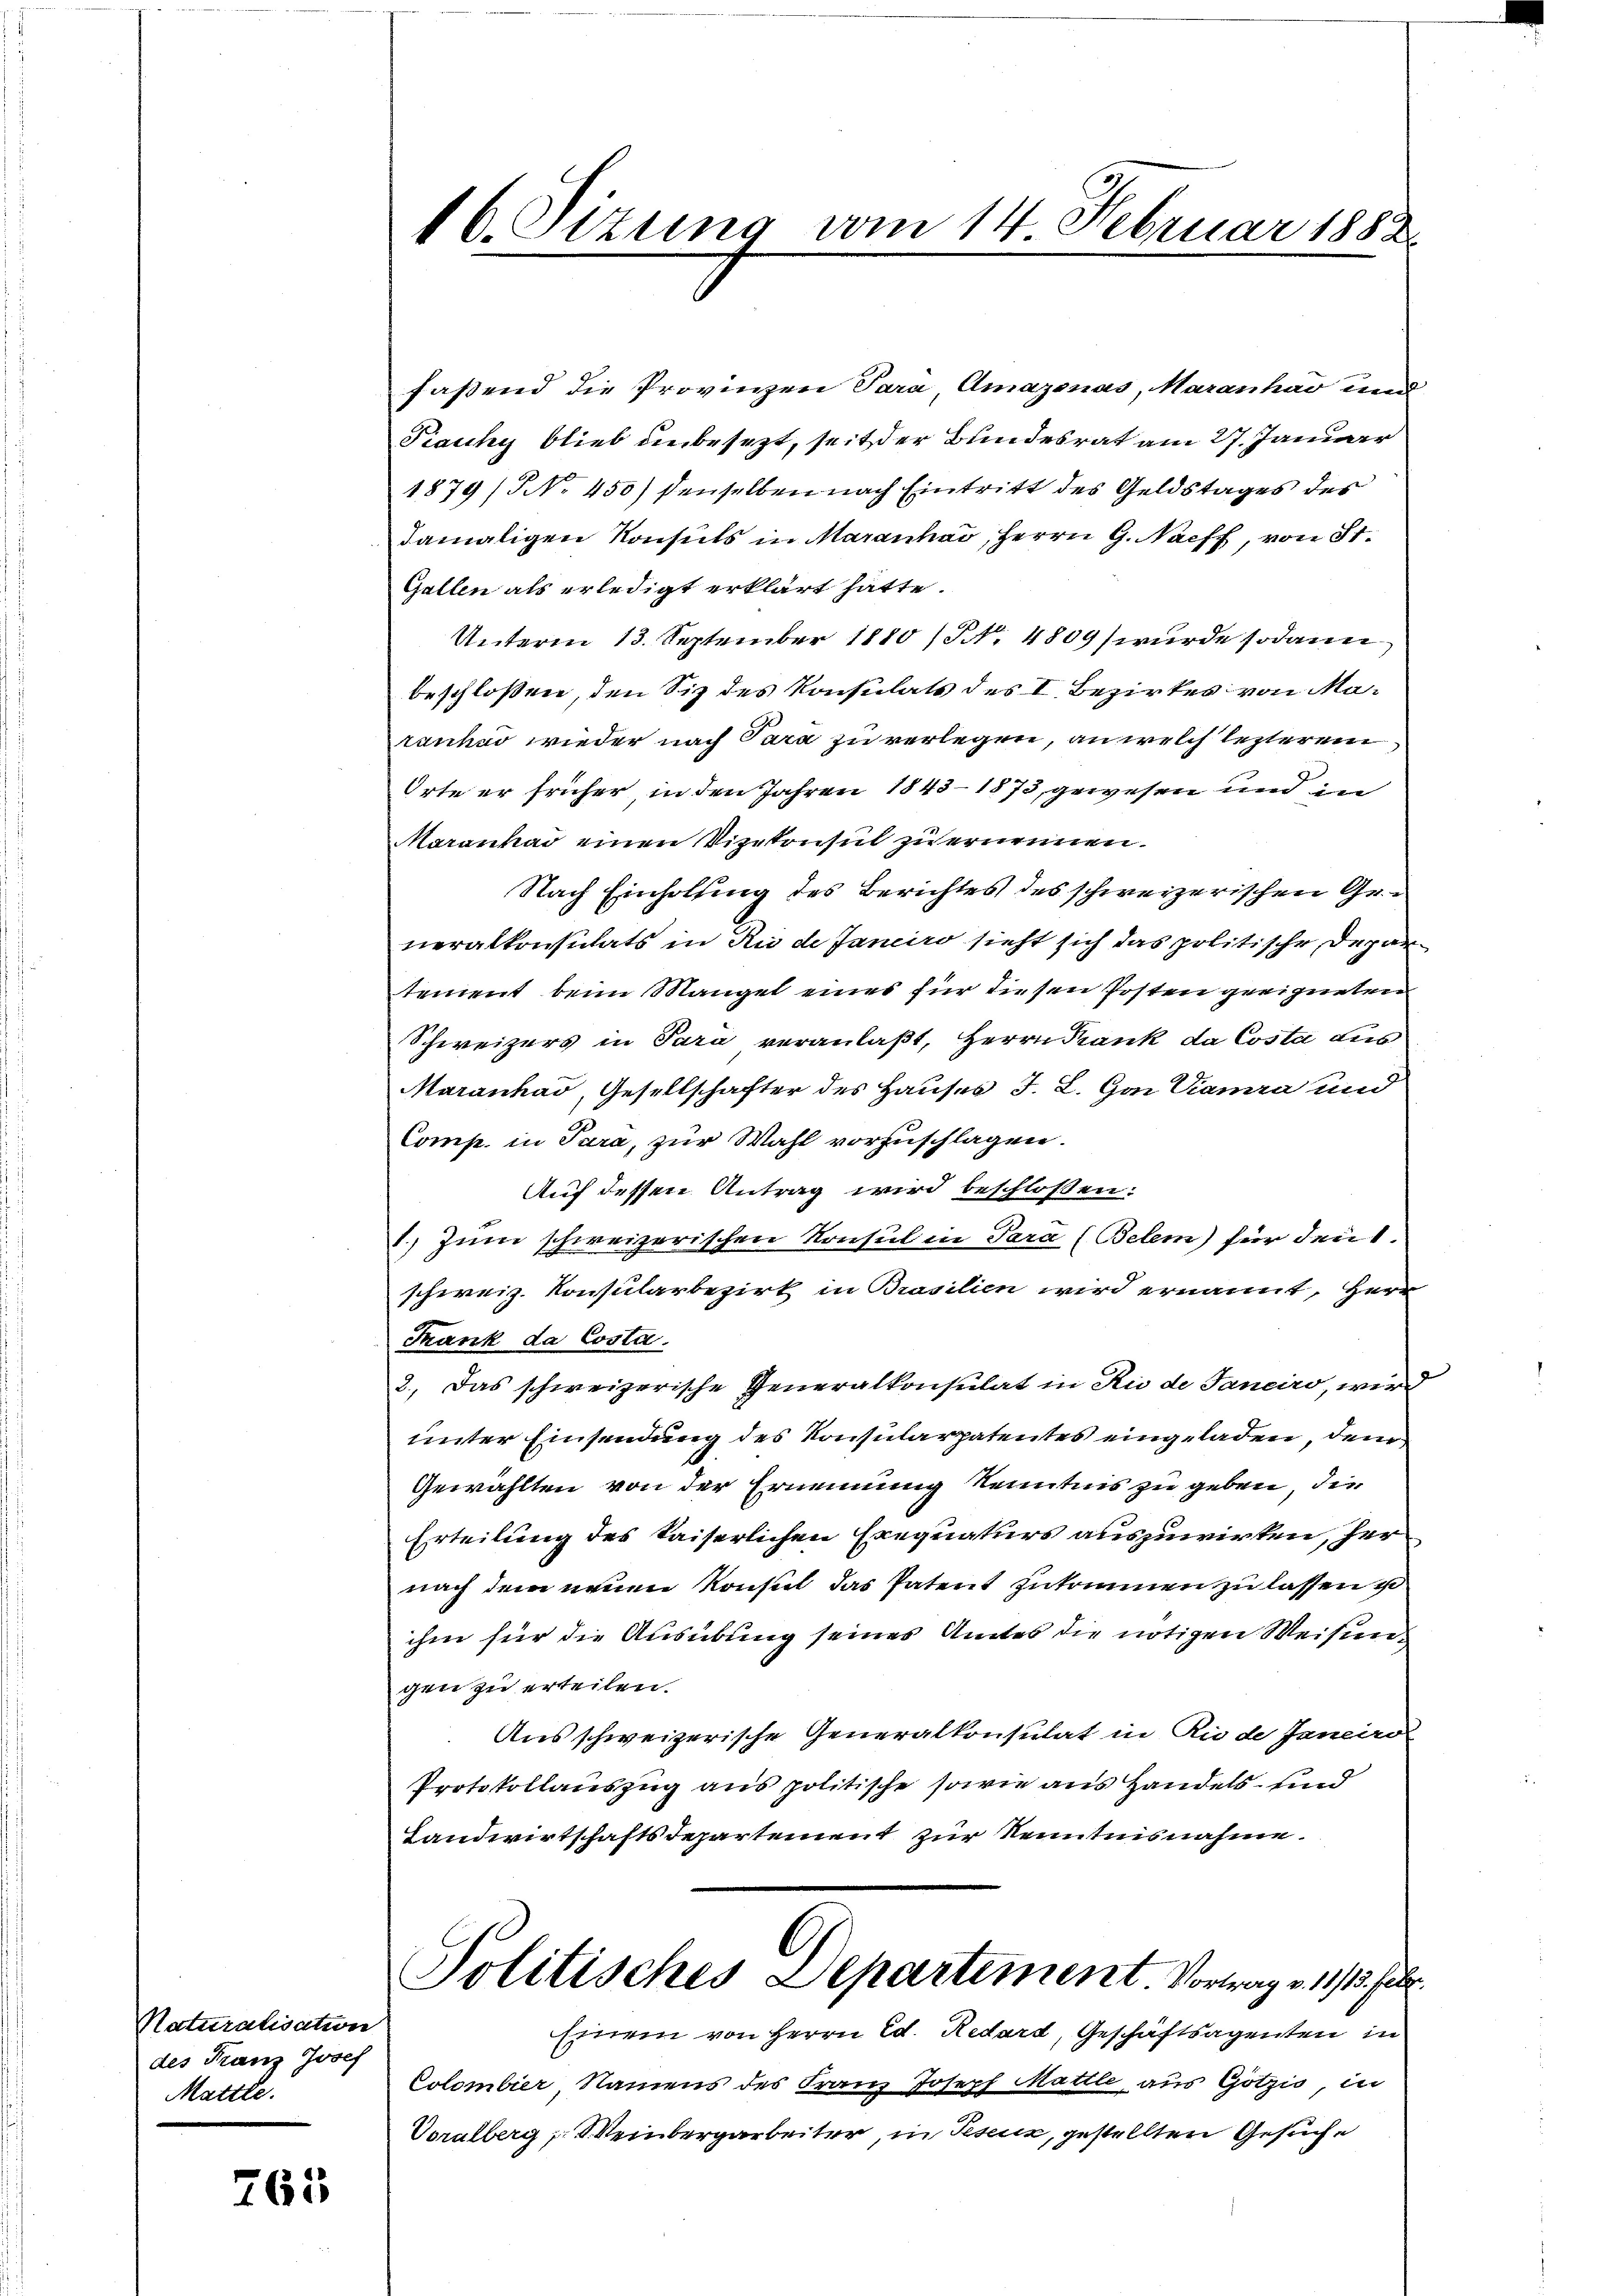
Naturalisation
des Franz Josef
Mattle.

765

16. Sizung vom 14. Februar 1882

fassend die Provinen Para, Amazonas, Maranhav und
Prauchy blieb unbesezt, seit der Bundesrat am 27. Januar
1879 /NNo. 450) denselben nach Eintritt des Geldstages des
damaligen Konsuls in Maranhad, Herrn G. Nacht, von St.
Gallen als erledigt erklärt hatte.
Unterm 13. September 1880 (NNo. 4809) wurde sodann
beschloßen, den Siz des Konsulats des I. Bezirkes von Maranhar wieder nach Sara zu verlegen, an welch lezterem
Orte er früher, in den Jahren 1843–1873, gewesen und in
Marankad einen Vizekonsul zu ernennen.
Nach Einholung des Berichtes des schweizerischen Generalkonsulats in Ru de Janeiro sieht sich das politische Departement beim Mangel eines für diesen Posten geeigneten
Schweizers in Sara veranlaßt, Herrn Krank da Costa aus
Maranhad, Gesellschafter des Hauses J. L. Gant Kamra und
Comp. in Para, zur Wahl vorzuschlagen.
Auf dessen Antrag wird beschlossen:
1.) Zum schweizerischen Konsul in Sara (Belem für den 1.
schweiz. Konsularbezirk in Brasilien wird ernannt, Herr
Frank da Costa.
2.) Das schweizerische Generalkonsulat in Zu de Janeiro, wir
unter Einsendung des Konsularpatentes eingeladen, den
Gewählten von der Ernennung kenntnis zu geben, die
Erteilung des Kaiserlichen Exequaturs auszuwirkten, her
nach dem neuen Konsul das Patent zukommen zu lassen u
ihm für die Ausübung seines Amtes die nötigen Weisungen zu erteilen.
Ausschweizerische Generalkonsulat in Riede Janeiro
Protokollauszug aus politische sowie aus Handels- und
Landwirtschaftsdepartement zur Kenntnisnahme.
Politisches Departement Vortrag v. 115 f.
Einem von Herrn Ed. Redard, Geschäftsagenten in
Colombier Namens des Franz Joseph Matile, aus Götzio in
Voralberg, S. Veinbergarbeiter, in Teseuz, gestellten Gesuche